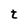
Character: t